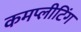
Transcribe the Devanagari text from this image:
कमप्लीटिंग